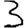
Digit: 3